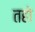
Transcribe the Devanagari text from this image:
तहो